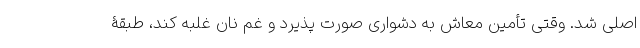
اصلی شد. وقتی تأمین معاش به دشواری صورت پذیرد و غم نان غلبه کند، طبقۀ